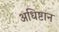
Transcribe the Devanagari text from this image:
अधिष्टान